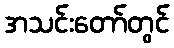
အသင်းတော်တွင်